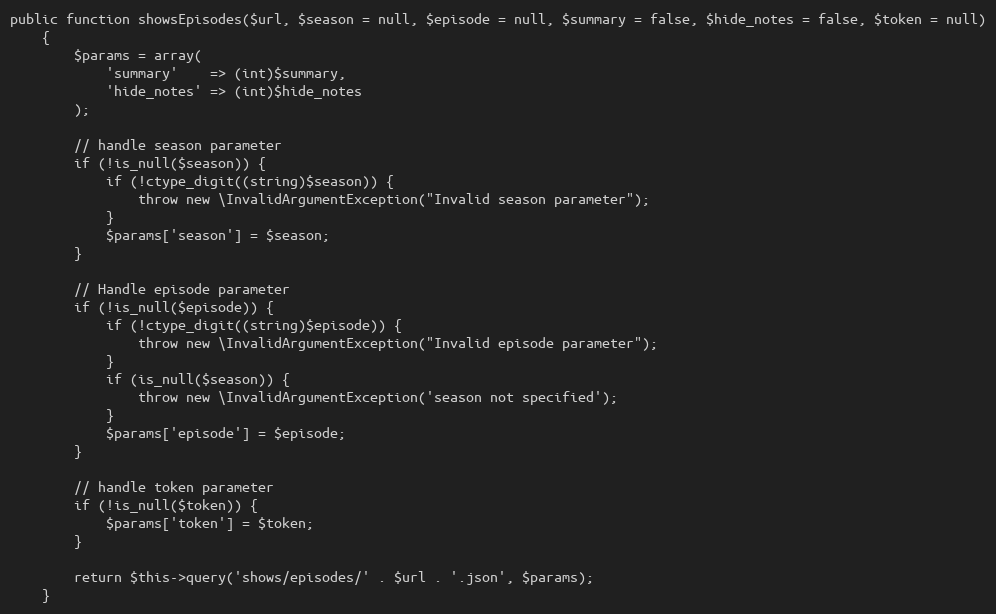
Language: PHP
public function showsEpisodes($url, $season = null, $episode = null, $summary = false, $hide_notes = false, $token = null)
    {
        $params = array(
            'summary'    => (int)$summary,
            'hide_notes' => (int)$hide_notes
        );

        // handle season parameter
        if (!is_null($season)) {
            if (!ctype_digit((string)$season)) {
                throw new \InvalidArgumentException("Invalid season parameter");
            }
            $params['season'] = $season;
        }

        // Handle episode parameter
        if (!is_null($episode)) {
            if (!ctype_digit((string)$episode)) {
                throw new \InvalidArgumentException("Invalid episode parameter");
            }
            if (is_null($season)) {
                throw new \InvalidArgumentException('season not specified');
            }
            $params['episode'] = $episode;
        }

        // handle token parameter
        if (!is_null($token)) {
            $params['token'] = $token;
        }

        return $this->query('shows/episodes/' . $url . '.json', $params);
    }